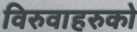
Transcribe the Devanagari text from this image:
विरुवाहरुको